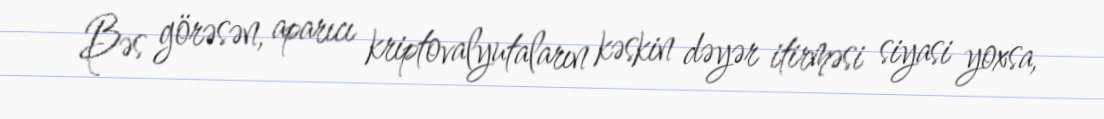
Bəs görəsən, aparıcı kriptovalyutaların kəskin dəyər itirməsi siyasi yoxsa,